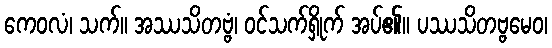
ကေဝလံ၊ သက်။ အဿသိတဗ္ဗံ၊ ဝင်သက်ရှိုက် အပ်၏။ ပဿသိတဗ္ဗမေဝ၊